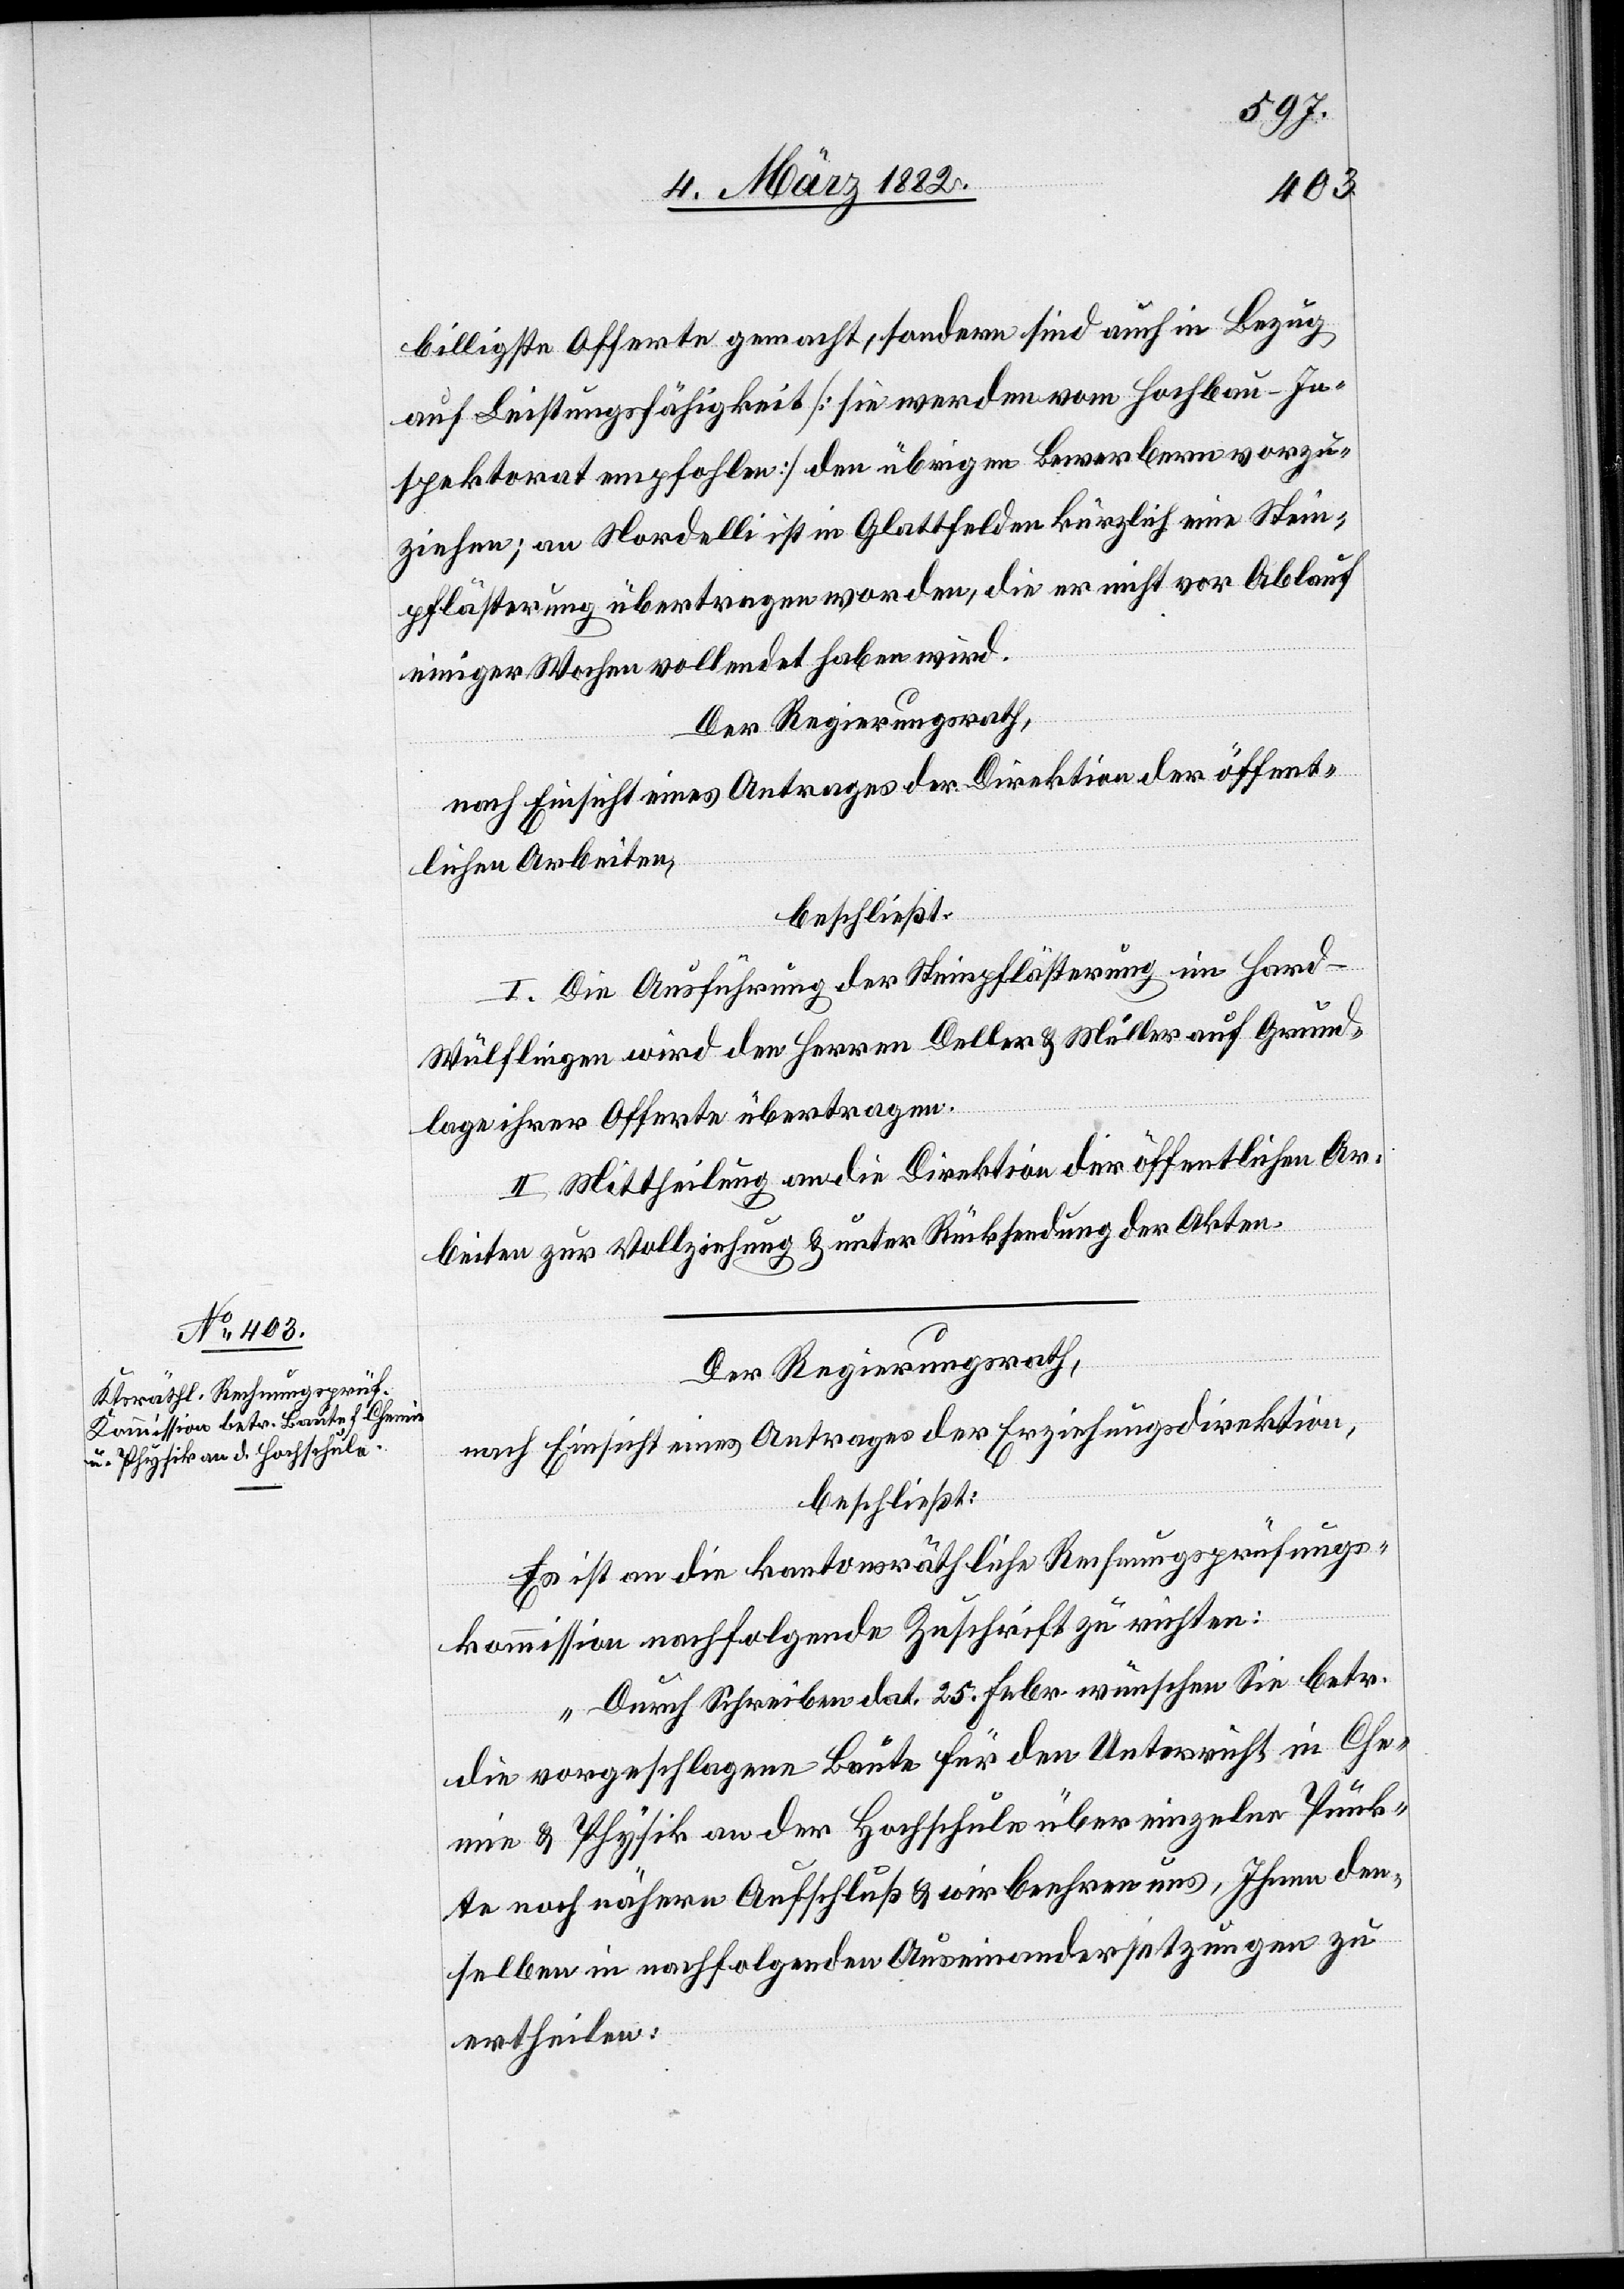
billigste Offerte gemacht, sondern sind auch in Bezug
auf Leistungsfähigkeit [sie werden vom Hochbau-In¬
spektorat empfohlen] den übrigen Bewerbern vorzu¬
ziehen; an Nordelli ist in Glattfelden kürzlich eine Stein¬
pflästerung übetragen worden, die er nicht vor Ablauf
weniger Wochen vollendet haben wird.
Der Regierungsrath,
nach Einsicht eines Antrages der Direktion der öffent¬
lichen Arbeiten,
beschließt:
I. Die Ausführung der Steinpflästerung im Hard
Wülflingen wird den Herren Deller & Müller auf Grund¬
lage ihrer Offerte übertragen.
II. Mittheilung an die Direktion der öffentlichen Ar¬
beiten zur Vollziehung & unter Rücksendung der Akten.
Der Regierungsrath,
nach Einsicht eines Antrages der Erziehungsdirektion,
beschließt:
Es ist an die kantonsräthliche Rechnungsprüfungs¬
kommission nachfolgende Zuschrift zu richten:
„Durch Schreiben dat. 25. Febr. wünschen Sie betr.
die vorgeschlagene Baute für den Unterreicht in Che¬
mie & Physik an der Hochschule über einzelne Stück¬
e noch näher Aufschluß & wir beehren uns, Ihnen den¬
selben in nachfolgenden Auseinandersetzungen zu
ertheilen: